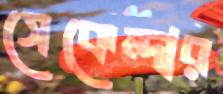
সেকেন্দার